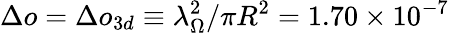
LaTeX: \Delta o=\Delta o_{3d}\equiv\lambda_{\Omega}^{2}/\pi R^{2}=1.70\times 10^{-7}